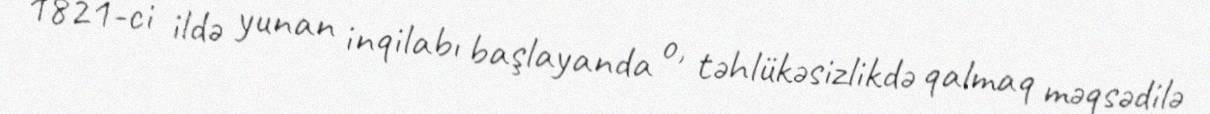
1821-ci ildə yunan inqilabı başlayanda o, təhlükəsizlikdə qalmaq məqsədilə